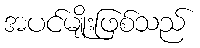
အပင်မျိုးဖြစ်သည်